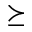
\succeq